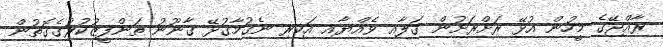
ރާއްޖޭގެ މީހުން އުޅޭ ރަށްރަށުން ގަލާއި ވެއްޔާއި އަކިރި ނެގުމާގުޅޭ ޤާނޫނު ތަންފީޒުކުރުގެގޮތުން